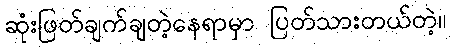
ဆုံးဖြတ်ချက်ချတဲ့နေရာမှာ ပြတ်သားတယ်တဲ့။